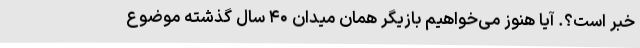
خبر است؟. آیا هنوز می‌خواهیم بازیگر همان میدان ۴۰ سال گذشته موضوع